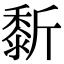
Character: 𪏴